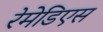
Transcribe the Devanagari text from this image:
रेमेडिएस